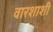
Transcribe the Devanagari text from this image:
वारशाशी